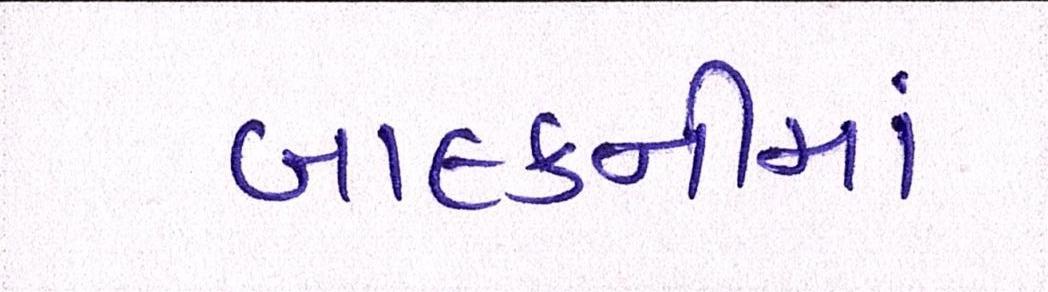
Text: બાલ્કનીમાં